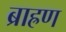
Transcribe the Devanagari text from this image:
ब्राह्रण